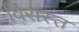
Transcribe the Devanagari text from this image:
विरास्त